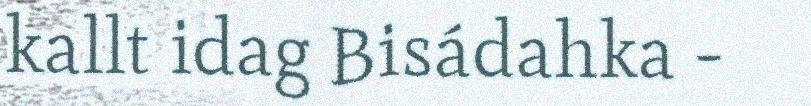
kallt idag Bisádahka -